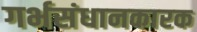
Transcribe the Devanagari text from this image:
गर्भसंधानकारक